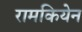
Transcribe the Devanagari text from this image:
रामकियेन